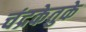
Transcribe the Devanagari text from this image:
चंद्रकेतुके